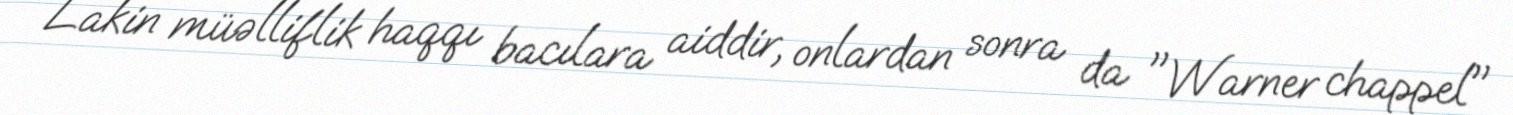
Lakin müəlliflik haqqı bacılara aiddir, onlardan sonra da "Warner chappel"